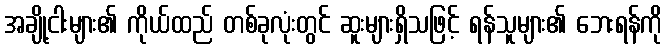
အချို့ငါးများ၏ ကိုယ်ထည် တစ်ခုလုံးတွင် ဆူးများရှိသဖြင့် ရန်သူများ၏ ဘေးရန်ကို